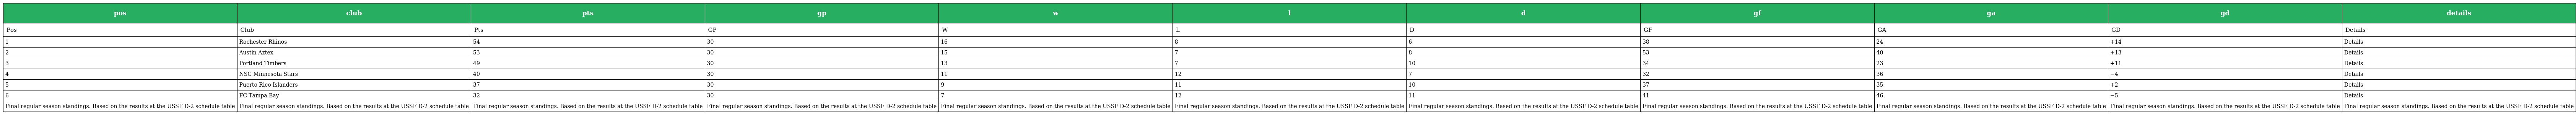
| pos | club | pts | gp | w | l | d | gf | ga | gd | details |
 | --- | --- | --- | --- | --- | --- | --- | --- | --- | --- | --- |
 | Pos | Club | Pts | GP | W | L | D | GF | GA | GD | Details |
 | 1 | Rochester Rhinos | 54 | 30 | 16 | 8 | 6 | 38 | 24 | +14 | Details |
 | 2 | Austin Aztex | 53 | 30 | 15 | 7 | 8 | 53 | 40 | +13 | Details |
 | 3 | Portland Timbers | 49 | 30 | 13 | 7 | 10 | 34 | 23 | +11 | Details |
 | 4 | NSC Minnesota Stars | 40 | 30 | 11 | 12 | 7 | 32 | 36 | −4 | Details |
 | 5 | Puerto Rico Islanders | 37 | 30 | 9 | 11 | 10 | 37 | 35 | +2 | Details |
 | 6 | FC Tampa Bay | 32 | 30 | 7 | 12 | 11 | 41 | 46 | −5 | Details |
 | Final regular season standings. Based on the results at the USSF D-2 schedule table | Final regular season standings. Based on the results at the USSF D-2 schedule table | Final regular season standings. Based on the results at the USSF D-2 schedule table | Final regular season standings. Based on the results at the USSF D-2 schedule table | Final regular season standings. Based on the results at the USSF D-2 schedule table | Final regular season standings. Based on the results at the USSF D-2 schedule table | Final regular season standings. Based on the results at the USSF D-2 schedule table | Final regular season standings. Based on the results at the USSF D-2 schedule table | Final regular season standings. Based on the results at the USSF D-2 schedule table | Final regular season standings. Based on the results at the USSF D-2 schedule table | Final regular season standings. Based on the results at the USSF D-2 schedule table |